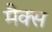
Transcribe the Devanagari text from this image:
मैक्‍स